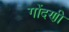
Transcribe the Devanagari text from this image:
गोंदणी